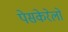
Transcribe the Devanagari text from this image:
पेसकेरेलो